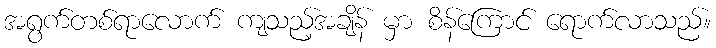
အရွက်တစ်ရာလောက် ကျသည့်အချိန် မှာ စိန်ကြောင် ရောက်လာသည်။